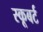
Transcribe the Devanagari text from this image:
स्कूबर्ट